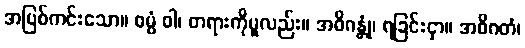
အပြစ်ကင်းသော။ ဓမ္မံ ဝါ၊ တရားကိုမူလည်း။ အဓိဂန္တုံ၊ ရခြင်းငှာ။ အဓိဂတံ၊